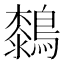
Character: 𪄭